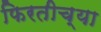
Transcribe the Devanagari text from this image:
फिरतीच्या